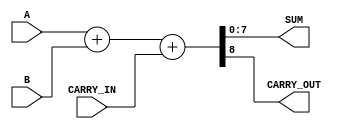
module adder(A,B,CARRY_IN,SUM,CARRY_OUT);
    input [7:0] A,B;
    input CARRY_IN;
    output [7:0] SUM;
    output CARRY_OUT;

    assign {CARRY_OUT, SUM} = A + B + CARRY_IN;

endmodule